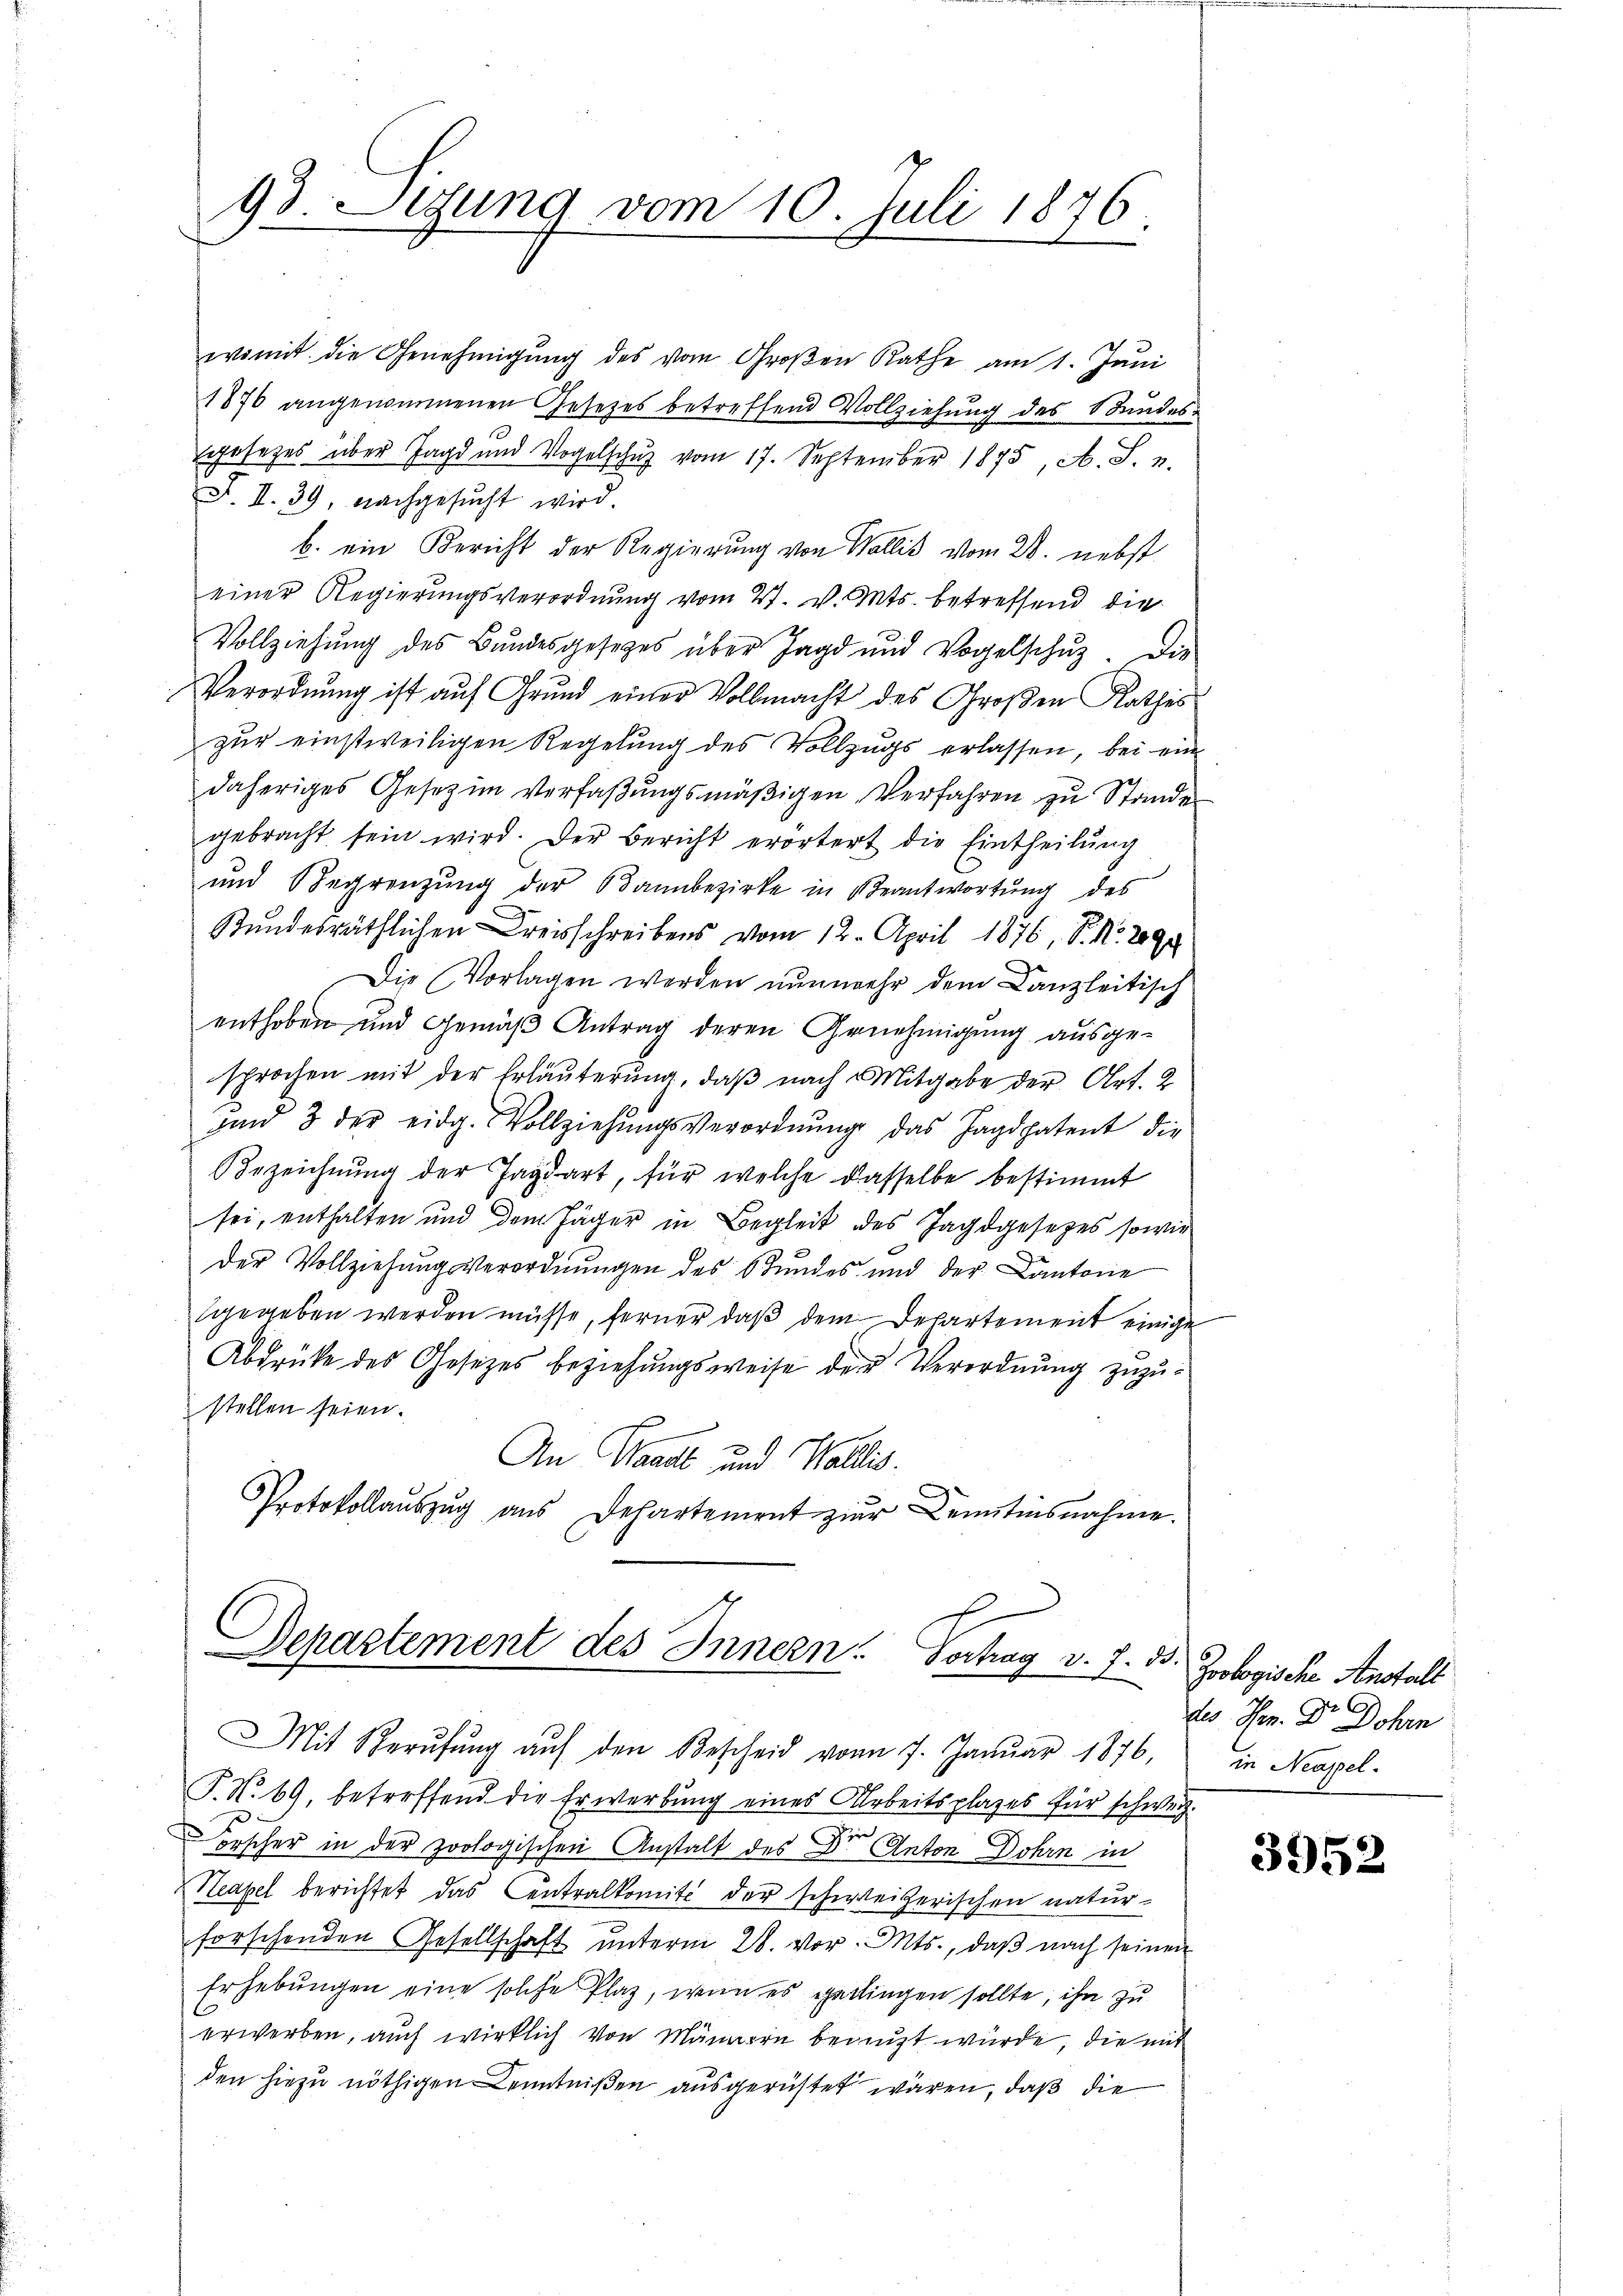
93. Sizung vom 10. Juli 1876.

Bezeichnung der Jagdart, für welche dasselbe bestimmt
sei, enthalten und dem Jäger in Begleit des Jagdgesetzes sowie
der Vollziehungsverordnungen des Stundes und der Cantone
sgegeben werden müsse, ferner daß dem Departement einige
Abdrücke des Gesetzes beziehungsweise der Verordnung zuzustellen seien.
An Waadt und Wallis.
Protokollaŭszŭg aŭs Departement zur Bemitinsnahme.

womit die Genehmigŭng des vom Großen Rathe am 1. Jŭni
1876 angenommenen Gesetzes betreffend Vollziehung des Standes-
sgesezes über Jagd und Vogelschŭz vom 17. September 1875, A. S. u.
F. II. 39, nachgesŭcht wird.
b. ein Bericht der Regierung von Wallis vom 20. nebst
einer Regierungsverordnung vom 27. v. Mts. betreffend die
Vollziehŭng des Bundesgesetzes über Jagd und Vogelschŭz. Die
Verordnung ist auf Grund einer Vollmacht des Großen Rathes
zur einstweiligen Regelung des Vollzugs erlassen, bei ein
daheriges Gesetzen Verfaßungsmäßigen Verfahren zu Stande
gebracht sein wird. Der Bericht erörtert die Eintheilŭng
und Begrenzung der Bannbezirke in Beantwortung des
Stundesräthlichen Kreisschreibens vom 12. April 1876, P. Nr. 2094
Die Vorlagen werden nunmehr dem Canzleitisch
enthoben und Gemäβ Antrag deren Genehmigŭng ausge-
sprochen mit der Erläuterung, daß nach Mitgabe der Art. 2
und 3 der eidg. Vollziehŭngsverordnŭng das Jagdpatent die

Departement des Innern. Vortrag v. 7. 33.

T. N. 69, betreffend die Erwerbung eines Arbeitsplazes für schweiz.
orscher in der zoologischen Anstalt des Dr Anton Dohrn in
Neapel berichtet das Centralkomit der schweizerischen naturforschenden Gesellschaft unterm 28. vor. Mts., daß nach seinen
Erhebungen eine solche Plaz, wenn es gettingen sollte, ihn zu
erworben, auch wirklich von Männern beauft würde, die mit
den hiezu nöthigen Kenntnißen ausgerüstet wären, daß die

Mit Berŭfŭng aŭf den Bescheid vom 7. Januar 1876,

Joologische Anstalt
des Hrn. Dr Dohrn
in Neapel.

3952